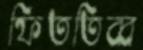
ফিততিব্ব